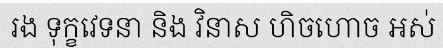
រង ទុក្ខវេទនា និង វិនាស ហិចហោច អស់